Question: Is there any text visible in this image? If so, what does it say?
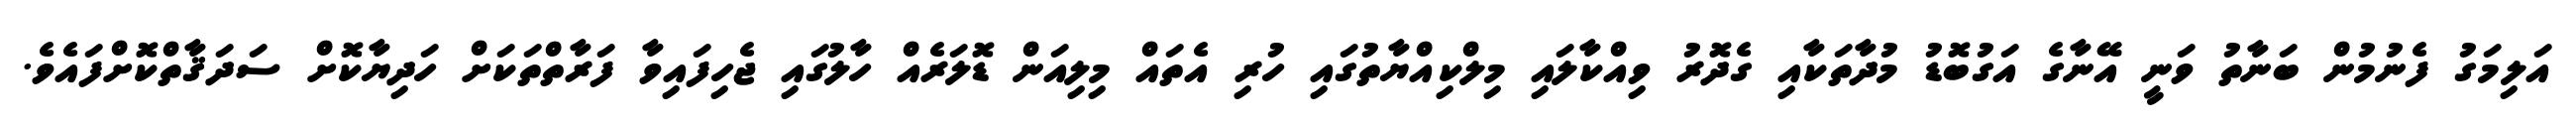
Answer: އަލިމަގު ފެނުމުން ބަނާތު ވަނީ އޭނާގެ އަގުބޮޑު މުދާތަކާއި ގެދޮރު ވިއްކާލައި މިލްކިއްޔާތުގައި ހުރި އެތައް މިލިއަން ޑޮލަރެއް ހާލުގައި ޖެހިފައިވާ ފަރާތްތަކަށް ހަދިޔާކޮށް ސަދަޤާތްކޮށްފައެވެ.